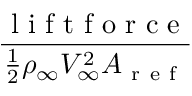
\frac { \mathrm { ~ l ~ i ~ f ~ t ~ f ~ o ~ r ~ c ~ e ~ } } { \frac 1 2 \rho _ { \infty } V _ { \infty } ^ { 2 } A _ { \mathrm { ~ r ~ e ~ f ~ } } }